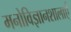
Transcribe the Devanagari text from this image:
मनोविज्ञानशालाएँ